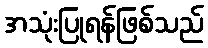
အသုံးပြုရန်ဖြစ်သည်